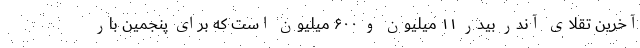
آخرین تقلای آندر بیدر ۱۱ میلیون و ۶۰۰ میلیون است که برای پنجمین بار